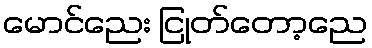
မောင်ညေး ငြုတ်တော့ညေ